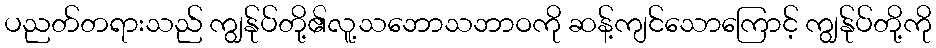
ပညတ်တရားသည် ကျွန်ုပ်တို့၏လူ့သဘောသဘာဝကို ဆန့်ကျင်သောကြောင့် ကျွန်ုပ်တို့ကို